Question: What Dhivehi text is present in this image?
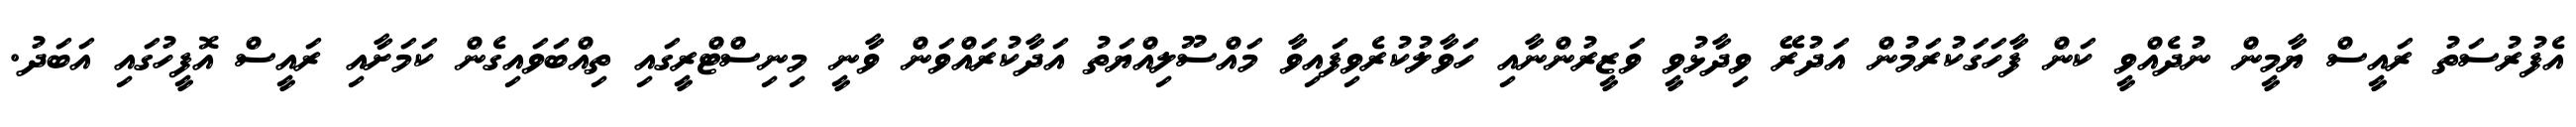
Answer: އެފުރުސަތު ރައީސް ޔާމީން ނުދެއްވީ ކަން ފާހަގަކުރަމުން އަދުރޭ ވިދާޅުވީ ވަޒީރުންނާއި ހަވާލުކުރެވިފައިވާ މައްސޫލިއްޔަތު އަދާކުރައްވަން ވާނީ މިނިސްޓްރީގައި ތިއްބަވައިގެން ކަމަށާއި ރައީސް އޮފީހުގައި އަބަދު.